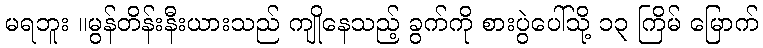
မရဘူး ။မွန်တိန်းနီးယားသည် ကျိုနေသည့် ခွက်ကို စားပွဲပေါ်သို့ ၁၃ ကြိမ် မြောက်